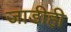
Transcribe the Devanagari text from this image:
जाडीही